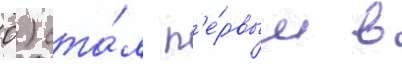
0) ста́л п'е́рвым в